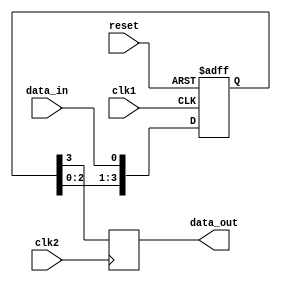
module four_flop_synchronizer (
    input wire clk1, // Clock signal for the first domain
    input wire clk2, // Clock signal for the second domain
    input wire reset, // Reset signal
    input wire data_in, // Data input signal
    output reg data_out // Synchronized data output signal
);

reg [3:0] flop_reg;

always @(posedge clk1 or posedge reset) begin
    if (reset) begin
        flop_reg <= 4'b0000;
    end else begin
        flop_reg <= {flop_reg[2:0], data_in};
    end
end

always @(posedge clk2) begin
    data_out <= flop_reg[3];
end

endmodule